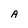
Character: A